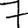
Digit: 7